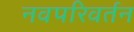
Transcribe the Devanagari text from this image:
नवपरिवर्तन